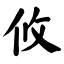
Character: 攸